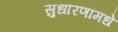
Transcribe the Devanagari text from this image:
सुधारणांमधे